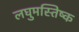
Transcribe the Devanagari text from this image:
लघुमस्तिष्क